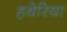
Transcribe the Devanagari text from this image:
हथेरिया